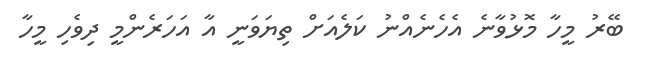
ބޭރު މީހާ މޮޅުވާނެ އެހެނެއްނު ކަލެއަށް ތިޔަވަނީ އާ އަހަރެންމީ ދިވެހި މީހާ